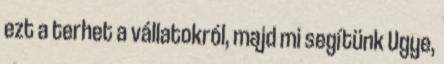
ezt a terhet a vállatokról, majd mi segítünk Ugye,